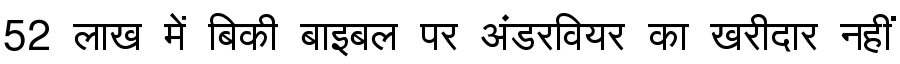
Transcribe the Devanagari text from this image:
52 लाख में बिकी बाइबल पर अंडरवियर का खरीदार नहीं